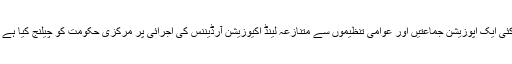
کئی ایک اپوزیشن جماعتیں اور عوامی تنظیموں سے متنازعہ لینڈ اکیوزیشن آرڈیننس کی اجرائی پر مرکزی حکومت کو چیلنج کیا ہے ۔